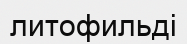
литофильді